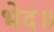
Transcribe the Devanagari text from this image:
भेद॥